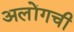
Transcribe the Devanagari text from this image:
अलोंगची